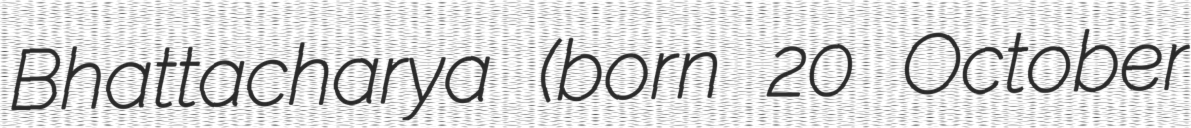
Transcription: Bhattacharya (born 20 October